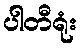
ပါတီရုံး